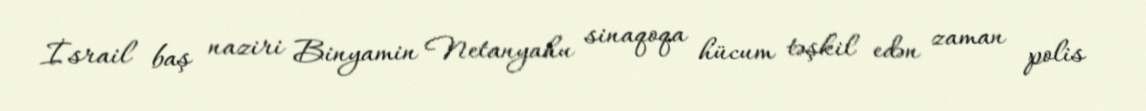
İsrail baş naziri Binyamin Netanyahu sinaqoqa hücum təşkil edən zaman polis